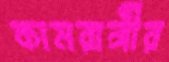
কামরাঙ্গীর